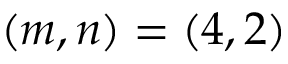
( m , n ) = ( 4 , 2 )